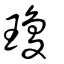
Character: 瓊